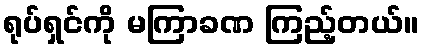
ရုပ်ရှင်ကို မကြာခဏ ကြည့်တယ်။